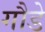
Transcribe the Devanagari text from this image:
गौडे